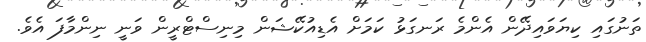
ތަނުގައި ކިޔަވައިދޭން އެންމެ ރަނގަޅު ކަމަށް އެޑިއުކޭޝަން މިނިސްޓްރީން ވަނީ ނިންމާފަ އެވެ.